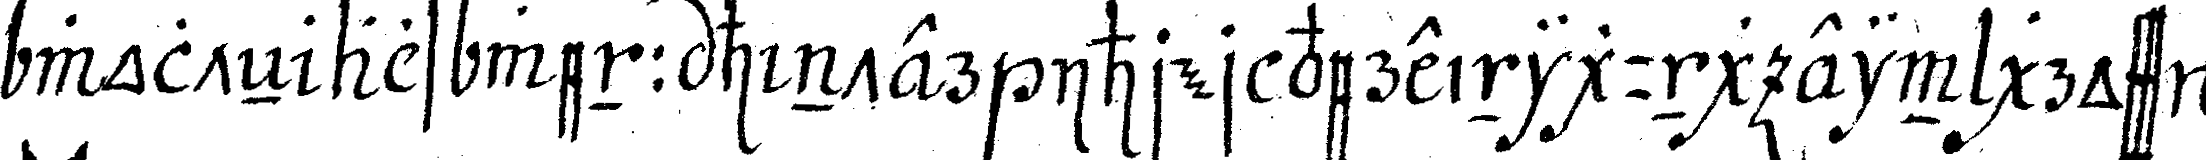
wolteN als wenn hinter ihrer vereinigung ein gross